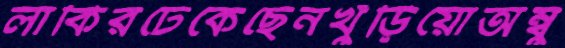
লাকিরঢেকেছেনখুঁড়িয়োঅম্বু